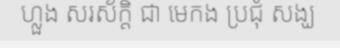
ហ្លួង សរស័ក្តិ ជា មេកង ប្រជុំ សង្ឃ